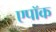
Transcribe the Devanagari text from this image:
एपॉक